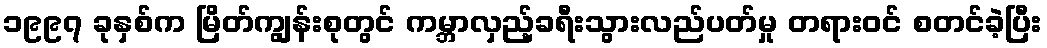
၁၉၉၇ ခုနှစ်က မြိတ်ကျွန်းစုတွင် ကမ္ဘာလှည့်ခရီးသွားလည်ပတ်မှု တရားဝင် စတင်ခဲ့ပြီး